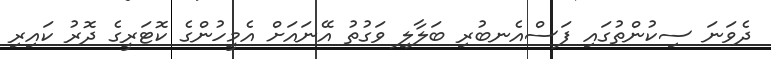
ދެވަނަ ސިކުންތުގައި ފަސްއެނބުރި ބަލާލި ވަގުތު އޭނައަށް އެމީހުންގެ ކޮޓަރީގެ ދޮރު ކައިރި